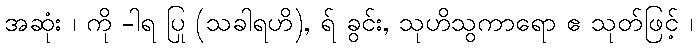
အဆုံး ၊ ကို -ါရ ပြု (သခါရဟိ), ရ် ခွင်း, သုဟိသွကာရော ဧ သုတ်ဖြင့် ၊